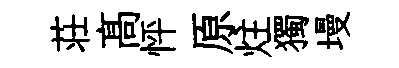
荘髙怦原炷獨墁